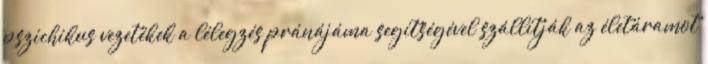
pszichikus vezetékek a lélegzés pránájáma segítségével szállítják az életáramot